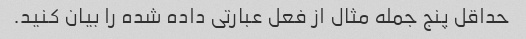
حداقل پنج جمله مثال از فعل عبارتی داده شده را بیان کنید.